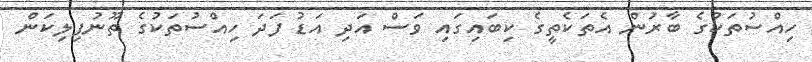
ހިއްސުތަކުގެ ބާރުން އެތަކެތީގެ ކިބައިގައި ވަސް އަދި އަޑު ފަދަ ހިއްސުތަކުގެ ތޫނުފިލިކަން